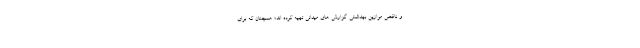
و ناقض موازین بهداشتی گزارش های میدانی تهیه کرده اند؛ همچنان که برای